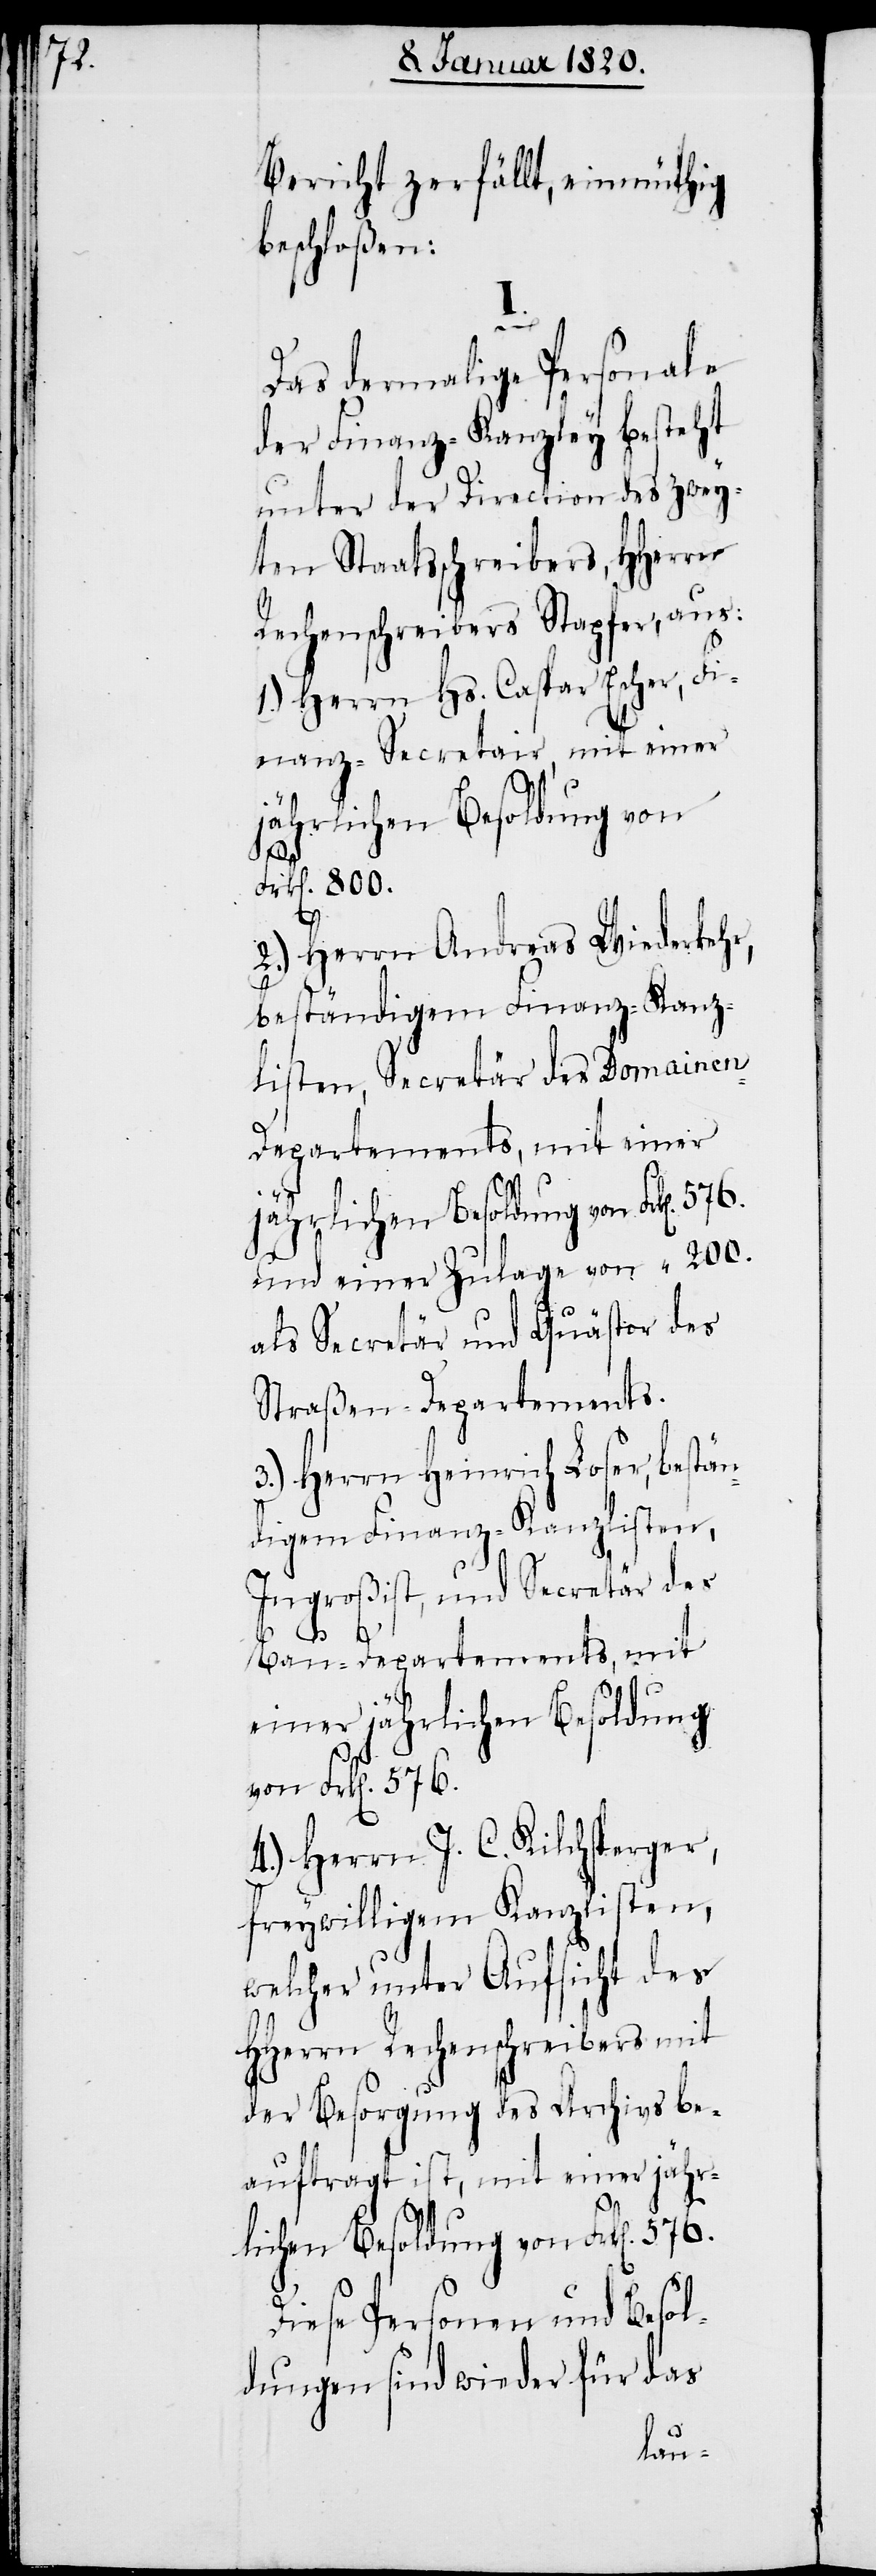
Bericht zerfällt, einmüthig
beschloßen:
Das dermalige Personale
der Finanz-Kanzley besteht
unter der Direction des zwey¬
ten Staatsschreibers, HHerrn
Rechenschreibers Stapfer, aus:
1.) Herrn Hs. Caspar Escher, Fi¬
nanz-Secretair, mit einer
576.
jährlichen Besoldung von
2.) Herrn Andreas Wiederkehr,
beständigem Finanz-Kanz¬
listen, Secretär des Domain¬
und einer Zulage von
als Secretär und Quästor des
Straßen-Departements.
3.) Herrn Heinrich Loser, bestän¬
digem Finanz-Kanzlisten,
Ingroßist, und Secretär des
800.
Bau-Departements, mit
einer jährlichen Besoldung
von Frk[en].
4.) Herrn J. C. Kilchsperger,
freywilligem Kanzlisten,
welcher unter Aufsicht des
HHerrn Rechenschreibers mit
der Besorgung des Archivs be¬
auftragt ist, mit einer jähr¬
lichen Besoldung von Frk[en].
Diese Personen und Besol¬
dungen sind wieder für das